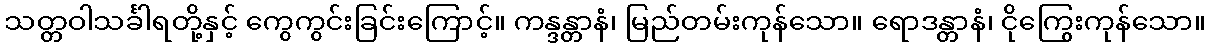
သတ္တဝါသင်္ခါရတို့နှင့် ကွေကွင်းခြင်းကြောင့်။ ကန္ဒန္တာနံ၊ မြည်တမ်းကုန်သော။ ရောဒန္တာနံ၊ ငိုကြွေးကုန်သော။